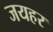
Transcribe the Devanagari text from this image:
जयहर